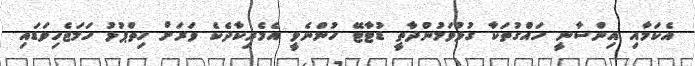
އެކަމާއި އިންސާނީ ހައްގުތަކާ ގުޅުވަމުންދާތީ ޑުޓާޓޭ ހުންނެވީ އެމެރިކާދެކެ ވަރަށް ހިތްޕުޅު ހަމަޖެހިވަޑައި